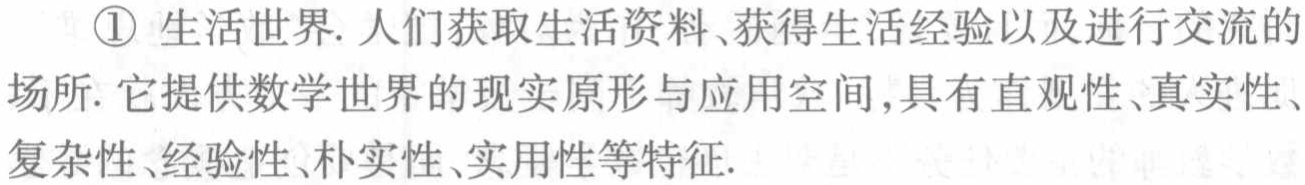
\textcircled{1} 生活世界. 人们获取生活资料、获得生活经验以及进行交流的场所. 它提供数学世界的现实原形与应用空间,具有直观性、真实性、复杂性、经验性、朴实性、实用性等特征.